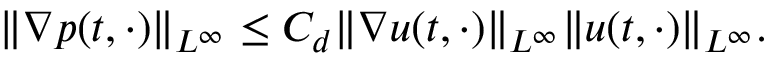
\| \nabla p ( t , \cdot ) \| _ { L ^ { \infty } } \leq C _ { d } \| \nabla u ( t , \cdot ) \| _ { L ^ { \infty } } \| u ( t , \cdot ) \| _ { L ^ { \infty } } .